Medical and sanitary report of the native army of Bengal for the year
Year: 1876
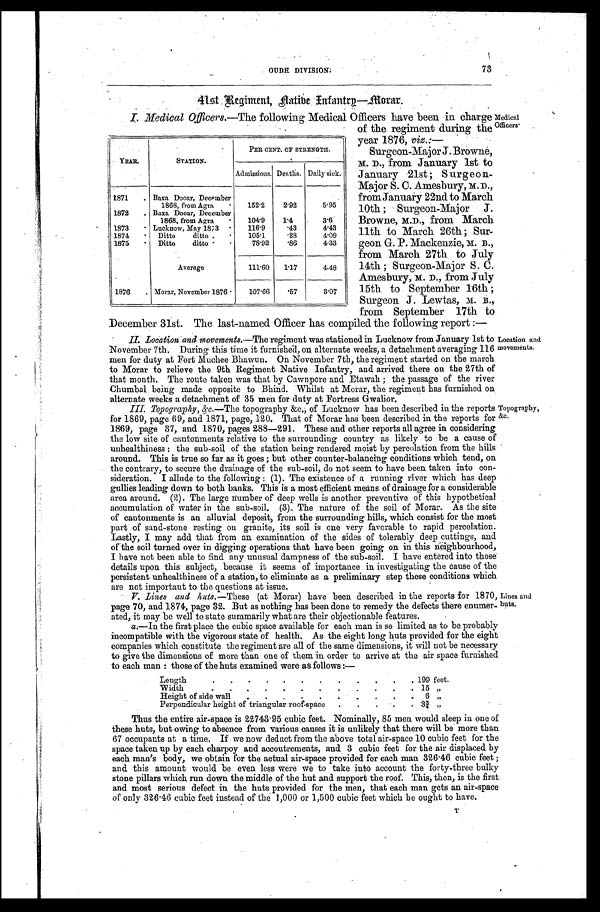
Medical
Officers.
Location and
movements.
Topography,
&c.
Lines and
huts.
OUDH DIVISION.
41st Regiment, Native Infantry—Morar.
I. Medical Officers. —The following Medical Officers have been in charge
73
of the regiment during the
year 1876, viz.:—
Surgeon-Major J. Browne,
M. D., from January 1st to
January 21st ; Surgeon-
Major S. C. Amesbury, M.D.,
from January 22nd to March
10th ; Surgeon-Major J.
Browne, M.D., from March
11th to March 26th ; Sur-
geon G. P. Mackenzie, M. B.,
from. March 27th to July
14th ; Surgeon-Major S. C.
Amesbury, M. D., from July
15th to September 16th ;
Surgeon J. Lewtas, M. B.,
from September 17th to
December 31st. The last-named Officer has compiled the following report :
—
II. Location and movements. —The regiment was stationed in Lucknow from January 1st to
November 7th. During this time it furnished, on alternate weeks, a detachment averaging 116
men for duty at Fort Muchee Bhawun. On November 7th, the regiment started on the march
to Morar to relieve the 9th Regiment Native Infantry, and arrived there on the 27th of
that month. The route taken was that by Cawnpore and Etawah ; the passage of the river
Chumbal being made opposite to Bhind. Whilst at Morar, the regiment has furnished on
alternate weeks a detachment of 35 men for duty at Fortress Gwalior.
III. Topography, &c. —The topography &c.; of Lucknow has been described in the reports
for 1869, page 69, and 1871, page, 120. That of Morar has been described in the reports for
1869, page 37, and 1870, pages 288—291. These and other reports all agree in considering
the low site of cantonments relative to the surrounding country as likely to be a cause of
unhealthiness the sub-soil of the station being rendered moist by percolation from the hills
around. This is true so far as it goes ; but other counter-balancing conditions which tend, on
the contrary, to secure the drainage of the sub-soil, do not seem to have been taken into con-
sideration. I allude to the following : (1). The existence of a running river which has deep
gullies leading down to both banks. This is a most efficient means of drainage for a Considerable
area around. (2). The large number of deep wells is another preventive of this hypothetical
accumulation of water in the sub-soil. (3). The nature of the soil of Morar. As the site
of cantonments is an alluvial deposit, from the surrounding hills, which consist for the most
part of sand-stone resting on granite, its soil is one very favorable to rapid percolation.
Lastly, I may add that from an examination of the sides of tolerably deep cuttings, and
of'the soil turned over in digging operations that have been going on in this neighbourhood,
I have not been able to find any unusual dampness of the sub-soil. I have entered into those
details upon this subject, because it seems of importance in investigating the cause of the
persistent unhealthiness of a station, to eliminate as a preliminary step these conditions which
are not important to the questions at issue.
V. Lines and huts. —These (at Morar) have been described in the reports for 1870,
page 70, and 1874, page 32. But as nothing has been done to remedy the defects there enumer-
ated, it may be well to state summarily what are their objectionable features.
a.—In the first place the cubic space available for each man is so limited as to be probably
incompatible with the vigorous state of health. As the eight long huts provided for the eight
companies which constitute the regiment are all of the same dimensions, it will not be necessary
to give the dimensions of more than one of them in order to arrive at the air space furnished
to each man : those of the huts examined were as follows :—
YEAR.
STATION.
PER CENT. OF STRENGTH.
Admissions. Deaths. Daily sick.
1871
. Baxa Dooar, December
1868, from Agra
.
152.2
2.92
5.95
1872
. Baxa Dooar, December
1868, from Agra
.
104.9
1.4
3.6
1873
. Lucknow, May 1873
.
116.9
.43
4.43
1874
. Ditto ditto .
.
105.1
.28
4.09
1875
. Ditto ditto .
.
78.92
.86
4.33
Average
111.60
1.17
4.48
1876
. Morar, November 1876 .
107.66
.57
3.07
Length
. . .
.
.
. .
.
.
.
.
. 199 feet.
Width
.
.
.
.
.
.
.
.
.
.
.
. 15 „
Height of side wall
.
.
.
.
.
.
.
.
.
. 6 „
Perpendicular height of triangular roof-space
.
.
.
. . 3¾ „
Thus the entire air-space is 22743.95 cubic feet. Nominally, 85 men would sleep in one of
these huts, but owing to absence from various causes it is unlikely that there will be more than
67 occupants at a time. If we now deduct from the above total air-space 10 cubic feet for the
space taken up by each charpoy and accoutrements, and 3 cubic feet for the air displaced by
each man's body, we obtain for the actual air-space provided for each man 326.46 cubic feet ;
and this amount would be even less were we to take into account the forty-three bulky
stone pillars which run down the middle of the hut and support the roof. This, then, is the first
and most serious defect in the huts provided for the men, that each man gets an air-space
of only 326.46 cubic feet instead of the 1,000 or 1,500 cubic feet which he ought to have.